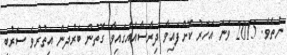
ނެތެވެ. 2015 ވަނަ އަހަރު ކޮށްފައިވާ ދިރާސާއެއްގައިވާ ގޮތުން ބަރުދަން އިތުރުވެ ސަރުބީ